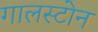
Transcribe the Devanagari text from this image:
गालस्टोन